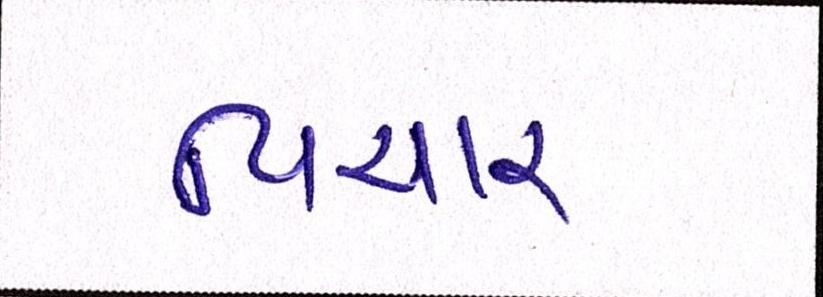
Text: વિચાર